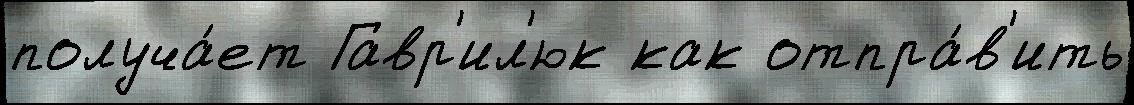
получа́ет Гавр'ил'юк как отпра́в'ить